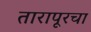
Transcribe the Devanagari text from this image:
तारापूरचा